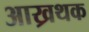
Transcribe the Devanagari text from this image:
आख्रथक